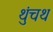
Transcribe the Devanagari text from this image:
थुंचथ